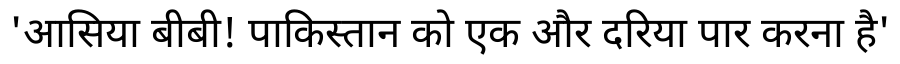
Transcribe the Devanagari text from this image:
'आसिया बीबी! पाकिस्तान को एक और दरिया पार करना है'